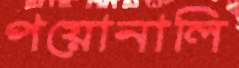
পয়োনালি